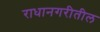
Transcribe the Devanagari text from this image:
राधानगरीतील